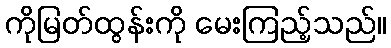
ကိုမြတ်ထွန်းကို မေးကြည့်သည်။